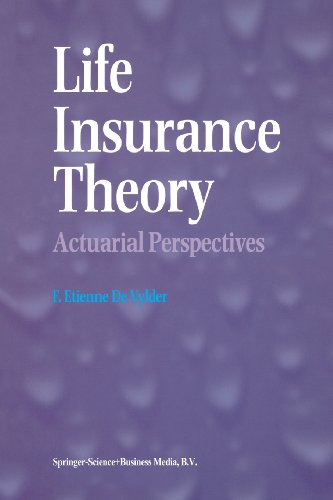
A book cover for Life Insurance Theory: Actuarial Perspectives; F. Etienne De Vylder; Engineering & Transportation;